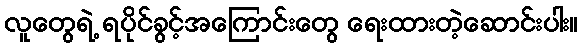
လူတွေရဲ့ ရပိုင်ခွင့်အကြောင်းတွေ ရေးထားတဲ့ဆောင်းပါး။